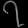
Digit: ၇